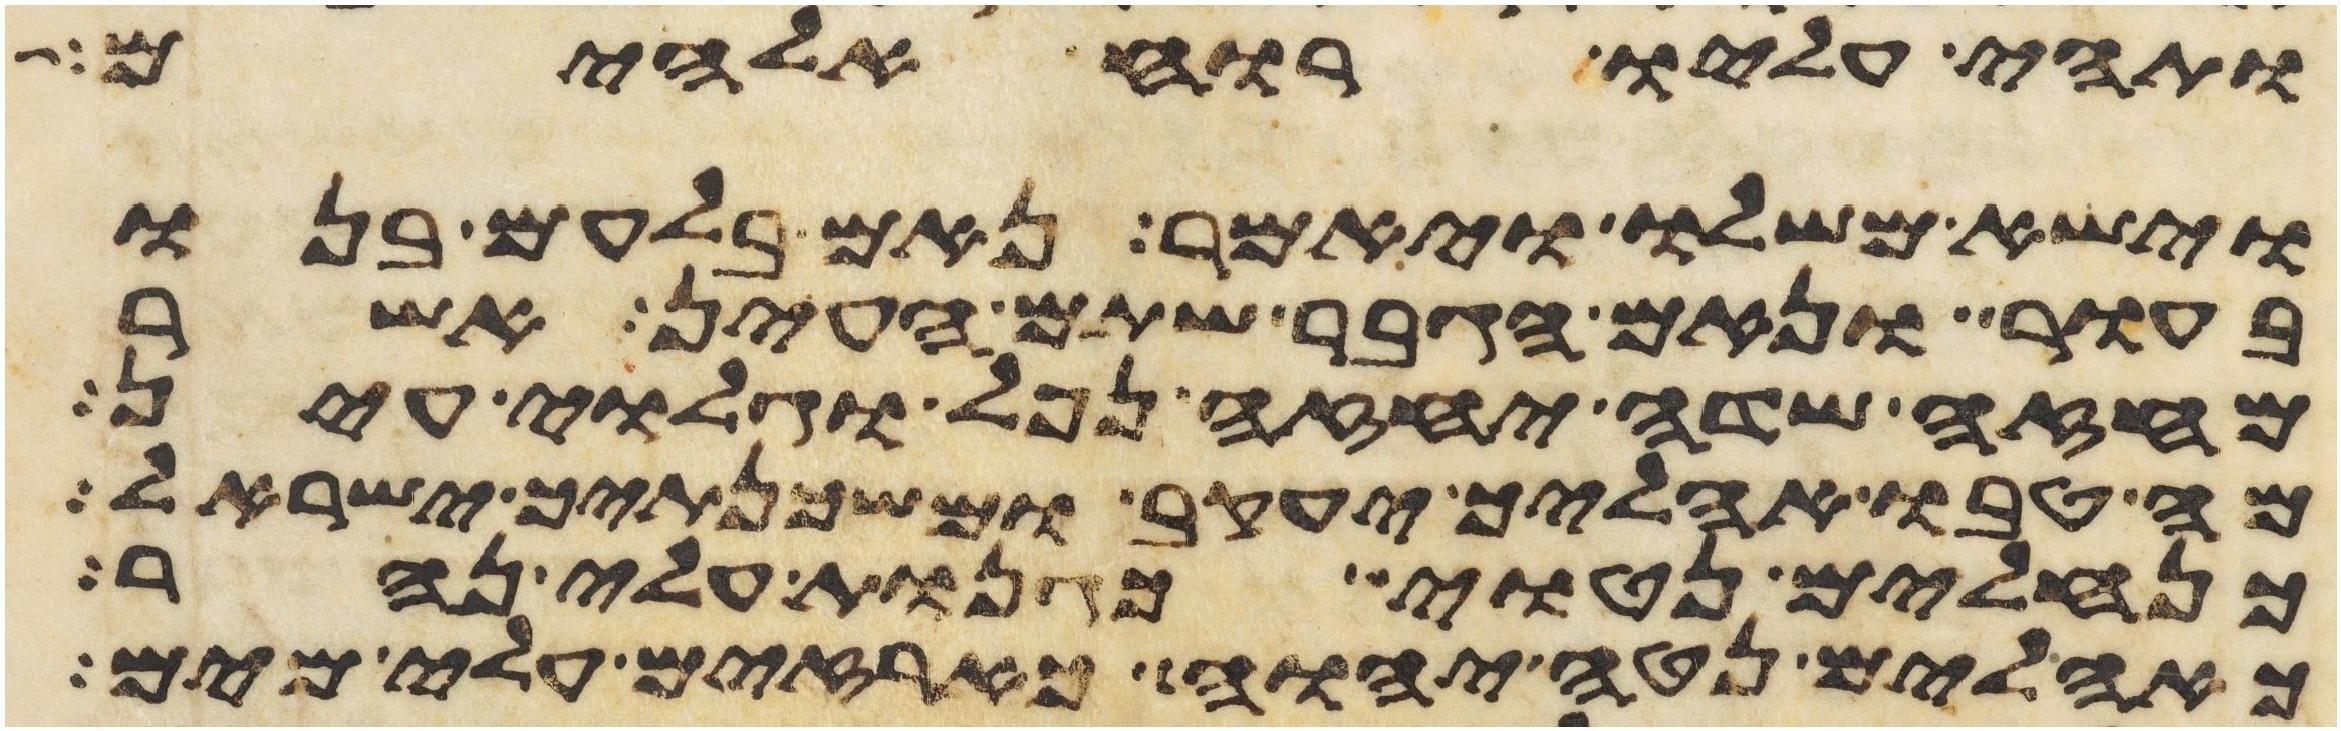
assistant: ותהי עליו רוח אלהים
וישא משלו ויאמר נאם בלעם בנו
בעור ונאם הגבר שתם העין אשר
מחזה שדה יחזה נפל וגלוי עין
מה טבו אהליך יעקב ומשכנתיך ישראל
כנחלים נטוי כגנות עלי נהר
כאהלים נטה יהוה כארזים עלי מים